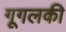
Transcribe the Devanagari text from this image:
गूगलकी